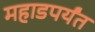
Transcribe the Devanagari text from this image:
महाडपर्यंत